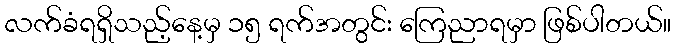
လက်ခံရရှိသည့်နေ့မှ ၁၅ ရက်အတွင်း ကြေညာရမှာ ဖြစ်ပါတယ်။